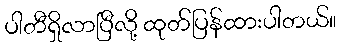
ပါတီရှိလာပြီလို့ ထုတ်ပြန်ထားပါတယ်။